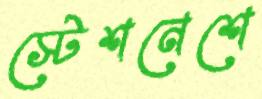
স্টেশনেশে